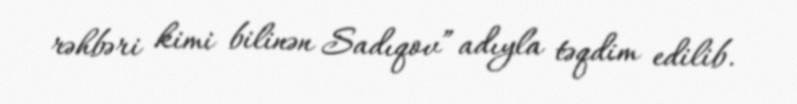
rəhbəri kimi bilinən Sadıqov” adıyla təqdim edilib.